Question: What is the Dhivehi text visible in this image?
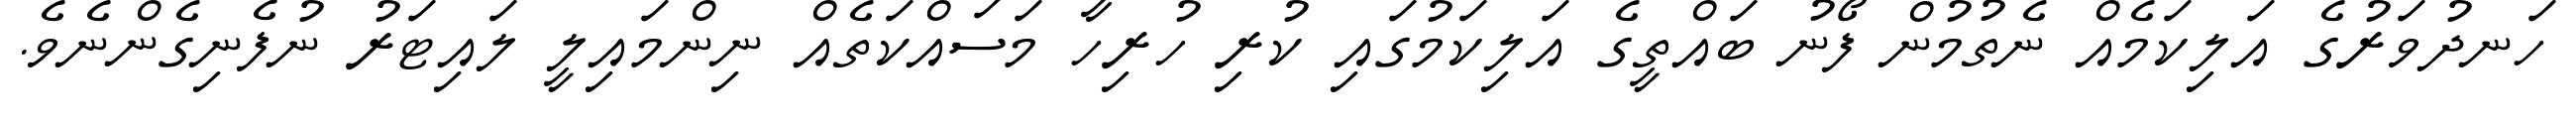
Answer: ހަނދުވަރުގެ އަލިކަމެއް ނެތުމުން ފޯނު ބައްތީގެ އަލިކަމުގައި ކުރި ހުރިހާ މަސައްކަތެއް ނިންމައިލީ ލައިޓަރު ނުފެނިގެންނެވެ.